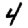
Digit: 4